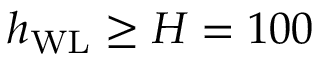
h _ { \mathrm { W L } } \geq H = 1 0 0